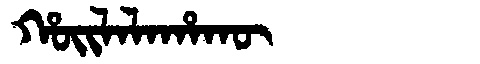
Manchu: ᡥᠣᡳᠯᠠᠯᠠᡥᠠᡴᡡ
Romanization: HOILALAHAKŪ